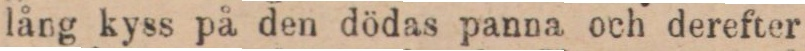
lång kyss på den dödas panna och derefter